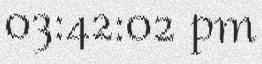
03:42:02 pm